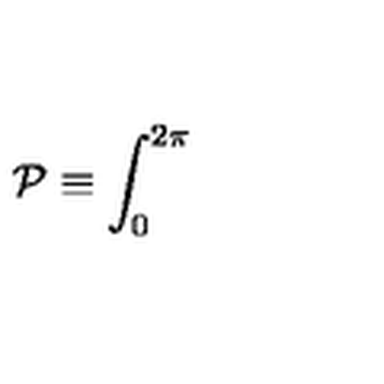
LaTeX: { \cal P } \equiv \int _ { 0 } ^ { 2 \pi }